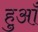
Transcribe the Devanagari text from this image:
हुआँ